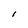
Character: i